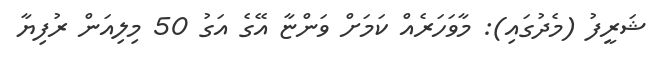
ޝަރީފު (މެދުގައި): މާވަހަރެއް ކަމަށް ވަންޏާ އޭގެ އަގު 50 މިލިއަން ރުފިޔާ